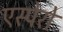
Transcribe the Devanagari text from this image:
एस्पेरो